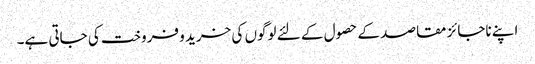
اپنے ناجائز مقاصد کے حصول کے لئے لوگوں کی خرید و فروخت کی جاتی ہے۔